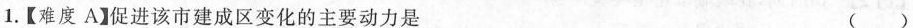
1.【难度A】促进该市建成区变化的主要动力是 ( )